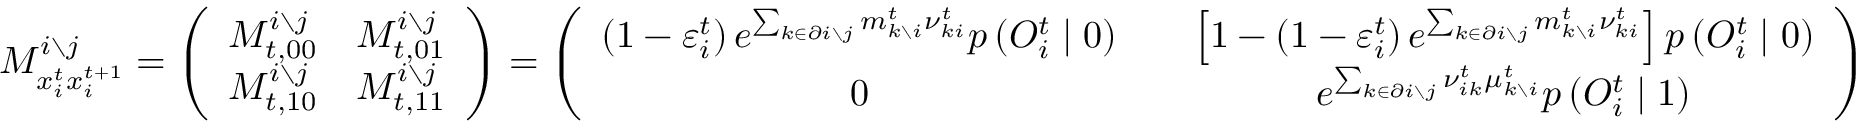
M _ { x _ { i } ^ { t } x _ { i } ^ { t + 1 } } ^ { i \setminus j } = \left( \begin{array} { c c } { M _ { t , 0 0 } ^ { i \setminus j } } & { M _ { t , 0 1 } ^ { i \setminus j } } \\ { M _ { t , 1 0 } ^ { i \setminus j } } & { M _ { t , 1 1 } ^ { i \setminus j } } \end{array} \right) = \left( \begin{array} { c c c } { \left( 1 - \varepsilon _ { i } ^ { t } \right) e ^ { \sum _ { k \in \partial i \setminus j } m _ { k \setminus i } ^ { t } { \nu } _ { k i } ^ { t } } p \left( O _ { i } ^ { t } \mid 0 \right) } & & { \left[ 1 - \left( 1 - \varepsilon _ { i } ^ { t } \right) e ^ { \sum _ { k \in \partial i \setminus j } m _ { k \setminus i } ^ { t } { \nu } _ { k i } ^ { t } } \right] p \left( O _ { i } ^ { t } \mid 0 \right) } \\ { 0 } & & { e ^ { \sum _ { k \in \partial i \setminus j } \nu _ { i k } ^ { t } \mu _ { k \setminus i } ^ { t } } p \left( O _ { i } ^ { t } \mid 1 \right) } \end{array} \right)